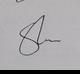
Signature authenticity: genuine